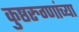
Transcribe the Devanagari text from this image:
कुष्ठरुग्णांच्या